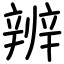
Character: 辨